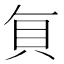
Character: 𮙭